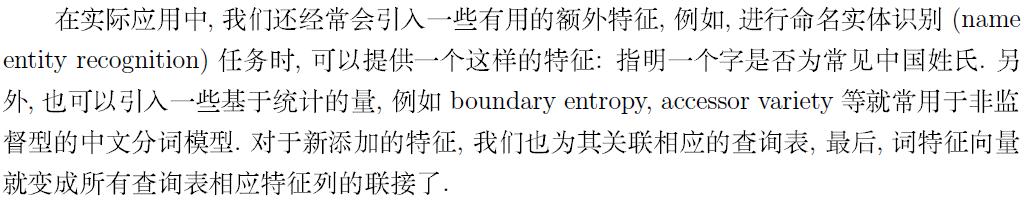
在实际应用中, 我们还经常会引入一些有用的额外特征, 例如, 进行命名实体识别 (name entity recognition) 任务时, 可以提供一个这样的特征: 指明一个字是否为常见中国姓氏. 另外, 也可以引入一些基于统计的量, 例如 boundary entropy, accessor variety 等就常用于非监督型的中文分词模型. 对于新添加的特征, 我们也为其关联相应的查询表, 最后, 词特征向量就变成所有查询表相应特征列的联接了.